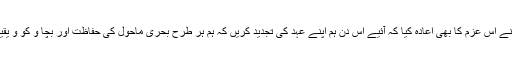
ساتھ ہی انہوں نے اس عزم کا بھی اعادہ کیا کہ آئیے اس دن ہم اپنے عہد کی تجدید کریں کہ ہم ہر طرح بحری ماحول کی حفاظت اور بچا و کو و یقینی بنا ئیں گے۔